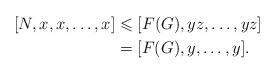
LaTeX: \begin{align*} [N,x,x,\dots ,x]&\leqslant [F(G), yz,\dots, yz ]\\&=[F(G), y,\dots, y].\end{align*}